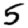
Digit: 5